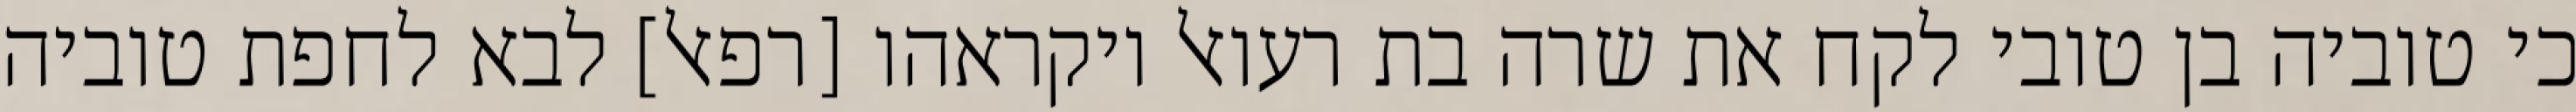
כי טוביה בן טובי לקח את שרה בת רעואל ויקראהו [רפאל] לבא לחפת טוביה